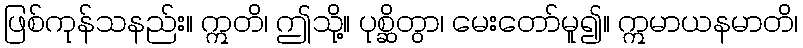
ဖြစ်ကုန်သနည်း။ ဣတိ၊ ဤသို့။ ပုစ္ဆိတွာ၊ မေးတော်မူ၍။ ဣမာယနမာတိ၊